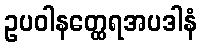
ဥပဝါနတ္ထေရအပဒါနံ